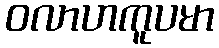
ဝလာဟကူပမာ